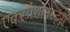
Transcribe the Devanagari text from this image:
एक्स्प्रेशनिस्ट्स